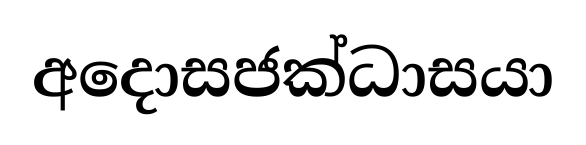
අදොසජක්ධාසයා